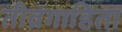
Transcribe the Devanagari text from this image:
तीव्रगाहिता